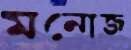
মনোজ